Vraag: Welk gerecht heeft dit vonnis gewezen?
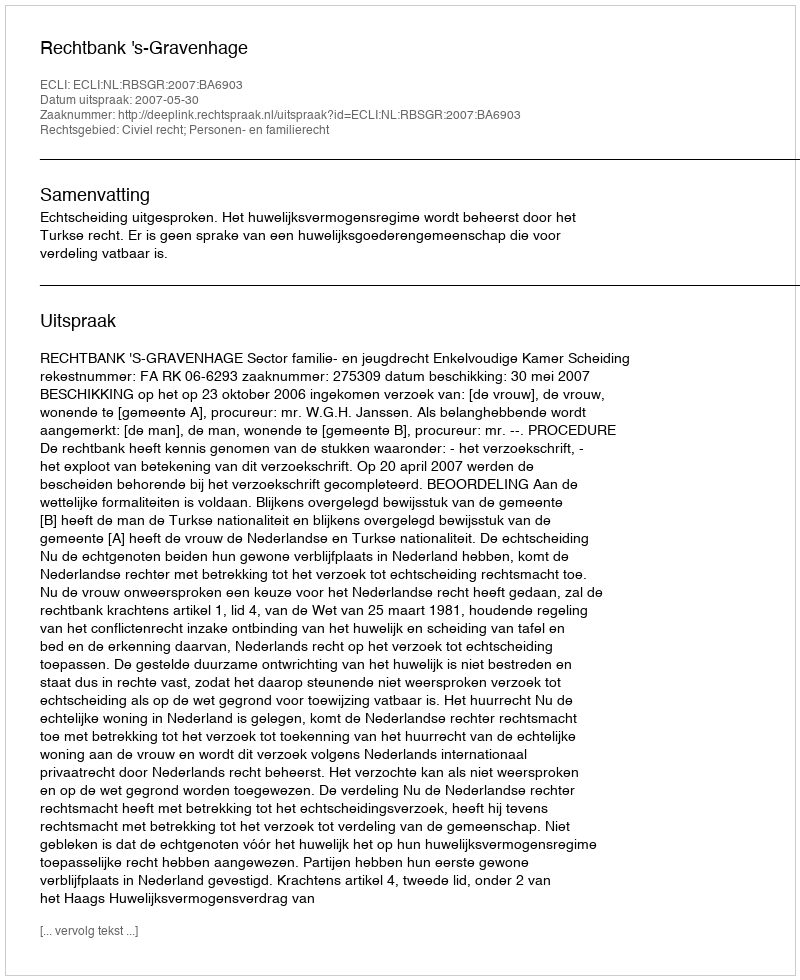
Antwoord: Rechtbank 's-Gravenhage